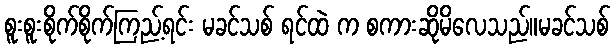
စူးစူးစိုက်စိုက်ကြည့်ရင်း မခင်သစ် ရင်ထဲ က စကားဆိုမိလေသည်။မခင်သစ်